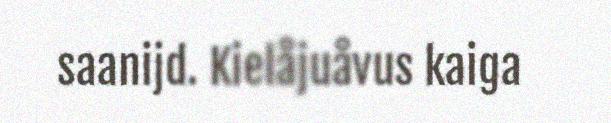
saanijd. Kielåjuåvus kaiga